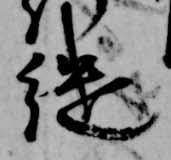
継